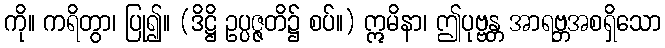
ကို။ ကရိတွာ၊ ပြု၍။ (ဒိဋ္ဌိ ဥပ္ပဇ္ဇတိ၌ စပ်။) ဣမိနာ၊ ဤပုဗ္ဗန္တ အာရဗ္ဘအစရှိသော